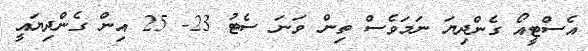
އެސްޓީއޯ ގެންދިޔަ ނަމަވެސް ތިން ވަނަ ސެޓު 23- 25 އިން ގެންދިޔައީ